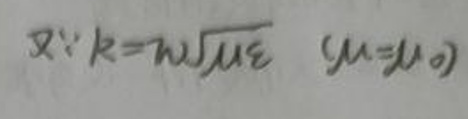
又$\because k = \omega\sqrt{\mu \varepsilon}\ \ (\mu=\mu_{0})$